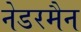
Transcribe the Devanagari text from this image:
नेडरमैन